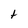
Character: t